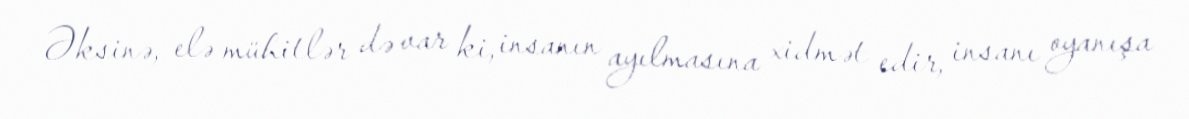
Əksinə, elə mühitlər də var ki, insanın ayılmasına xidmət edir, insanı oyanışa